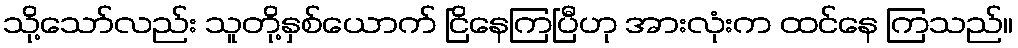
သို့သော်လည်း သူတို့နှစ်ယောက် ငြိနေကြပြီဟု အားလုံးက ထင်နေ ကြသည်။